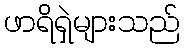
ဖာရိရှဲများသည်